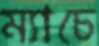
ম্যাচে